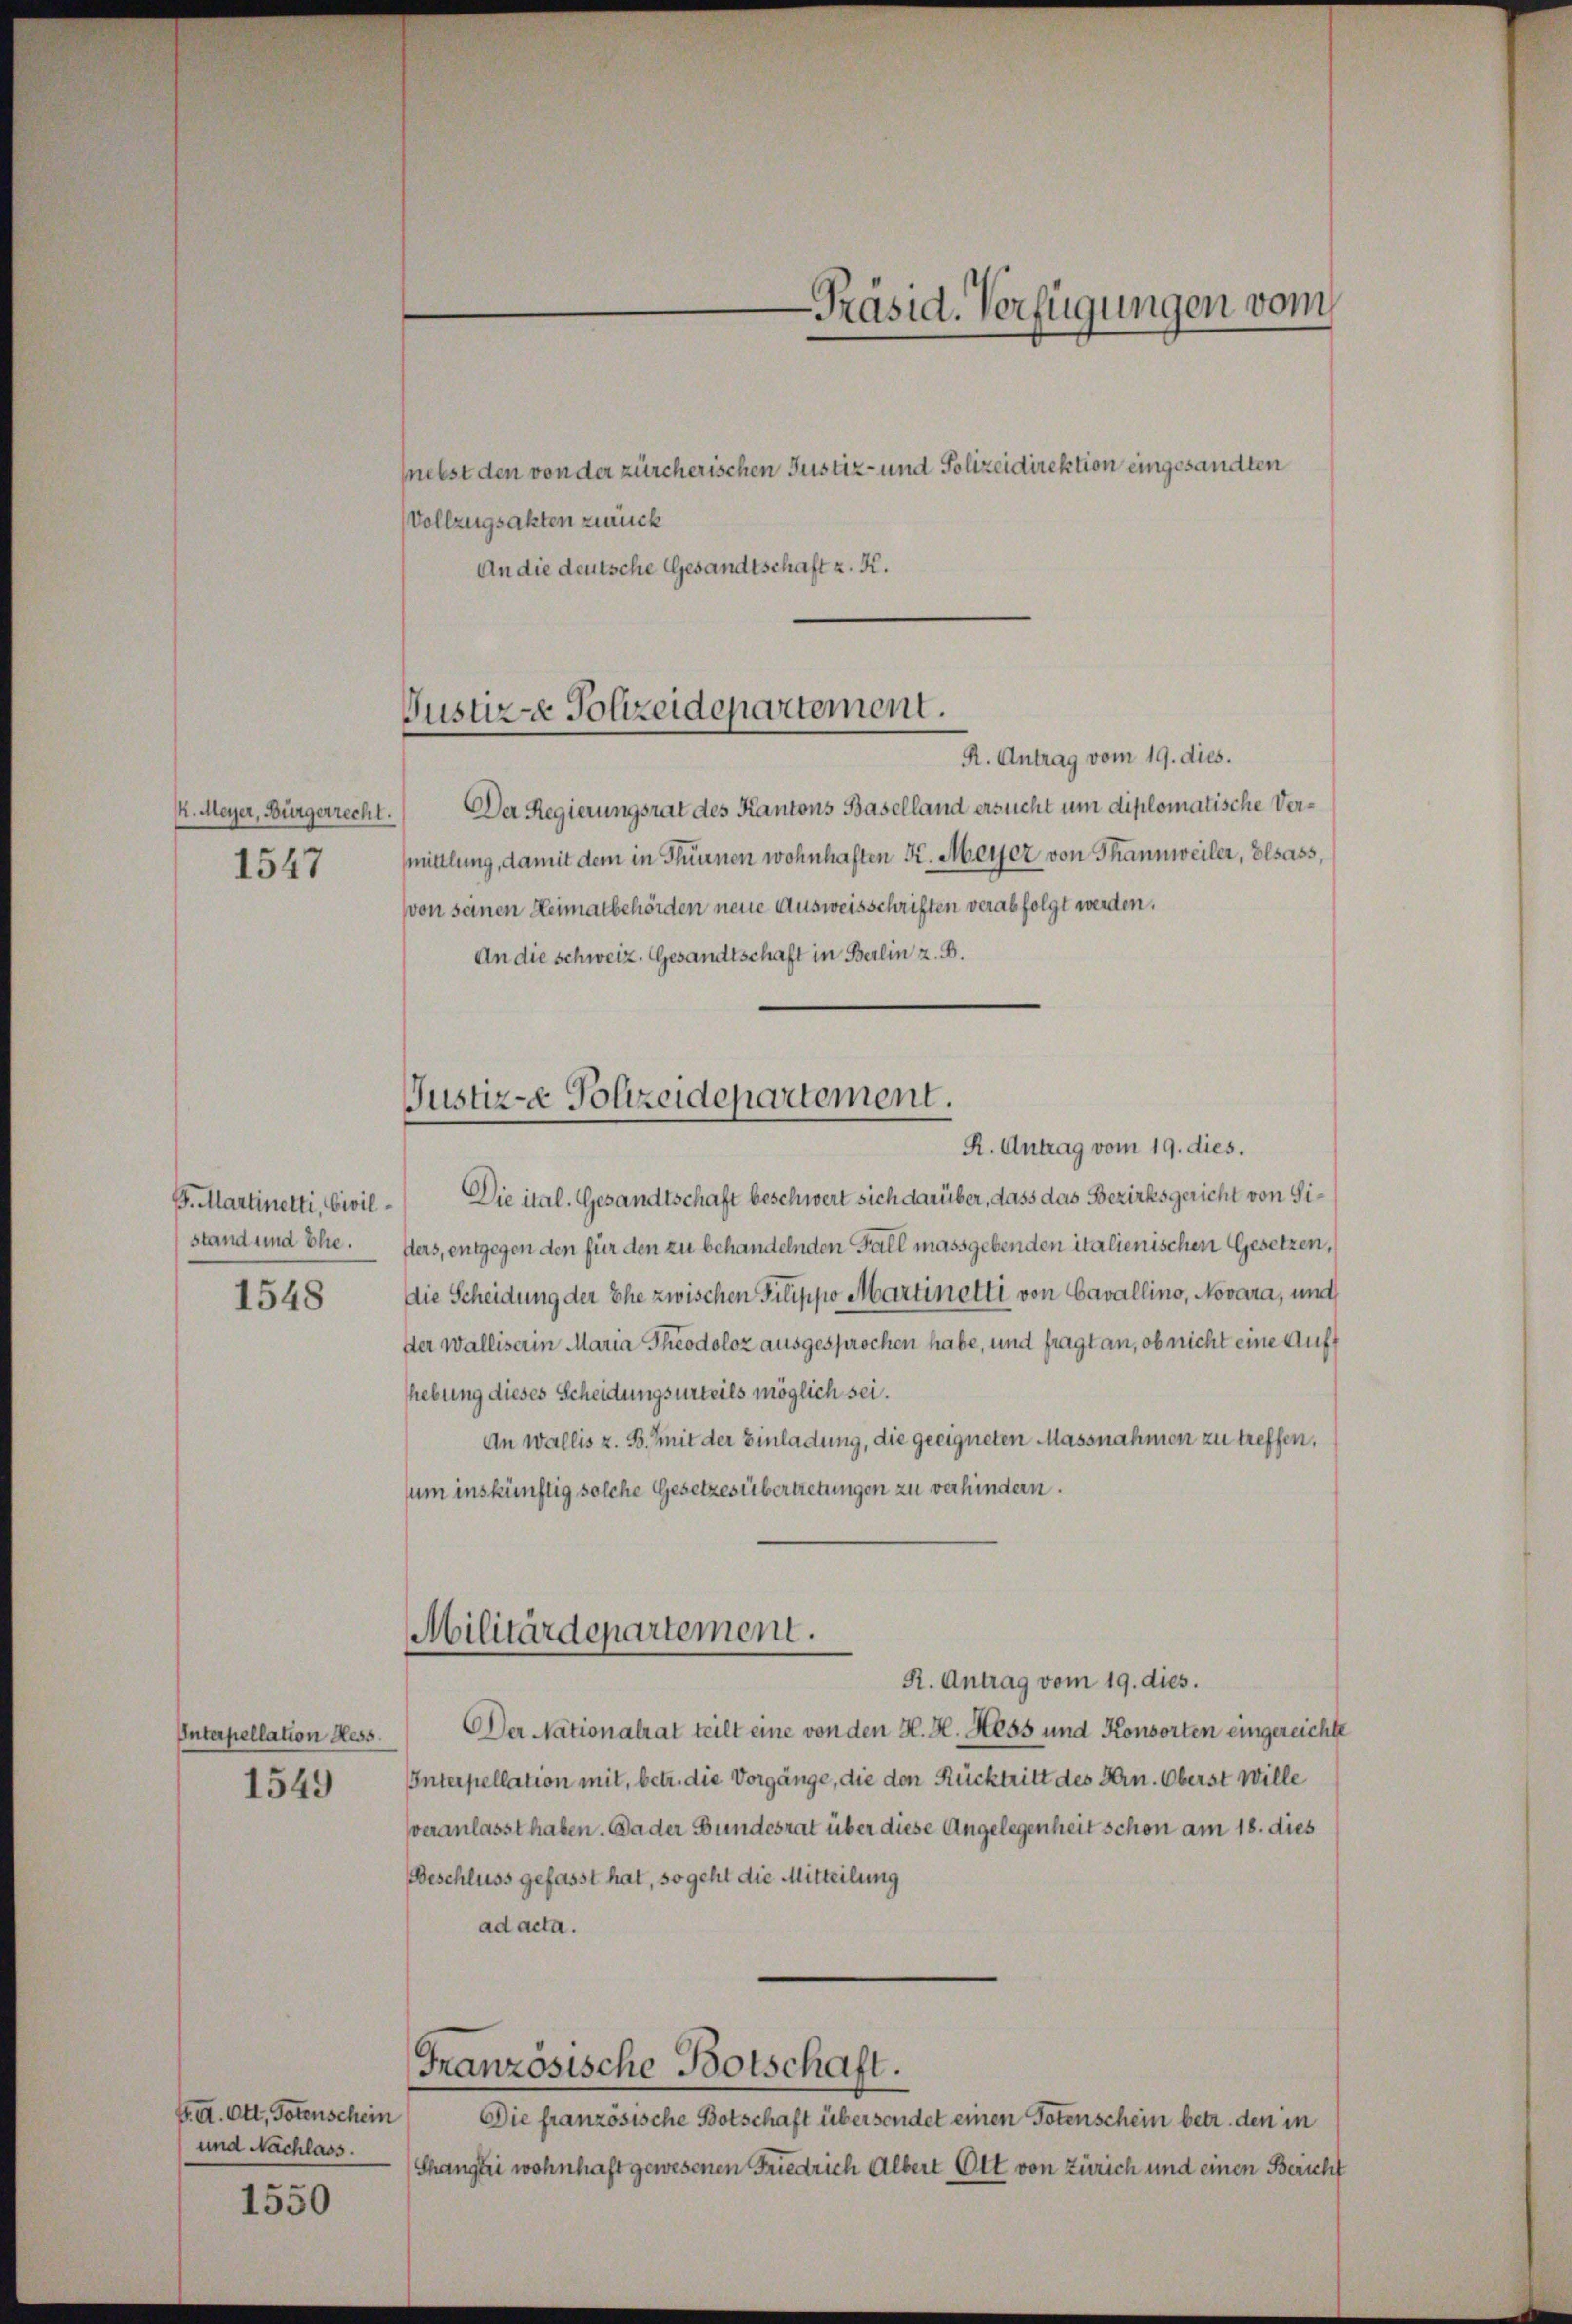
. Meyer, Bürgerrecht.

G. Martinetti, Civil¬
1548

1550

nebst den von der zürcherischen Justiz- und Polizeidirektion eingesandten
Vollzugsakten zurück
An die deutsche Gesandtschaft z. K.

R. Antrag vom 19. dies.
Der Regierungsrat des Kantons Baselland ersucht um diplomatische Ver¬
1547 (mittlung, damit dem in Planen wohnhaften K. Meyer von Thannweiler, Elsass,
von seinen Heimatbehörden neue Ausweisschriften verabfolgt werden.
An die schweiz. Gesandtschaft in Berlin z. B.
R. Antrag vom 19. dies.
Die ital. Gesandtschaft beschwert sich darüber, dass das Bezirksgericht von Sistand und Ehe. Hers, entgegen den für den zu behandelnden Fall massgebenden italienischen Gesetzen,
Die Scheidung der Ehe zwischen Pilippo Martinetti von Cavallino, Novara, und
der Walliserin Maria Theodoloz ausgesprochen habe, und fragt an, ob nicht eine Auft
hebung dieses Scheidungsurteils möglich sei.
An Wallis z. B. Mit der Einladung, die geeigneten Massnahmen zu treffen,
sum inskünftig solche Gesetzesübertretungen zu verhindern.
Militärdepartement.
R. Antrag vom 19. dies.
Der Nationalrat teilt eine von den H. H. Hess und Konsorten eingereichte
Unterpellation Hess.
Interpellation mit, betr. die Vorgänge, die den Rücktritt des Hrn. Oberst Wille
1549
veranlasst haben. Da der Bundesrat über diese Angelegenheit schon am 18. dies
Beschluss gefasst hat, so geht die Mitteilung
ad acta.
Französische Botschaft.
G. II. Ott, Totenschein
Die französische Botschaft über sondet einen Totenschein betr. den in
und Nachlass.
Thängtei wohnhaft gewesenen Friedrich Albert Ott von Zürich und einen Bericht

Justiz - Polizeidepartement.

Justiz- Polizeidepartement.

-Präsid. Verfügungen vom